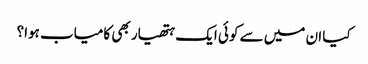
کیا ان میں سے کوئی ایک ہتھیار بھی کامیاب ہوا؟